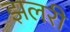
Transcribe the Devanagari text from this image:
झलरी